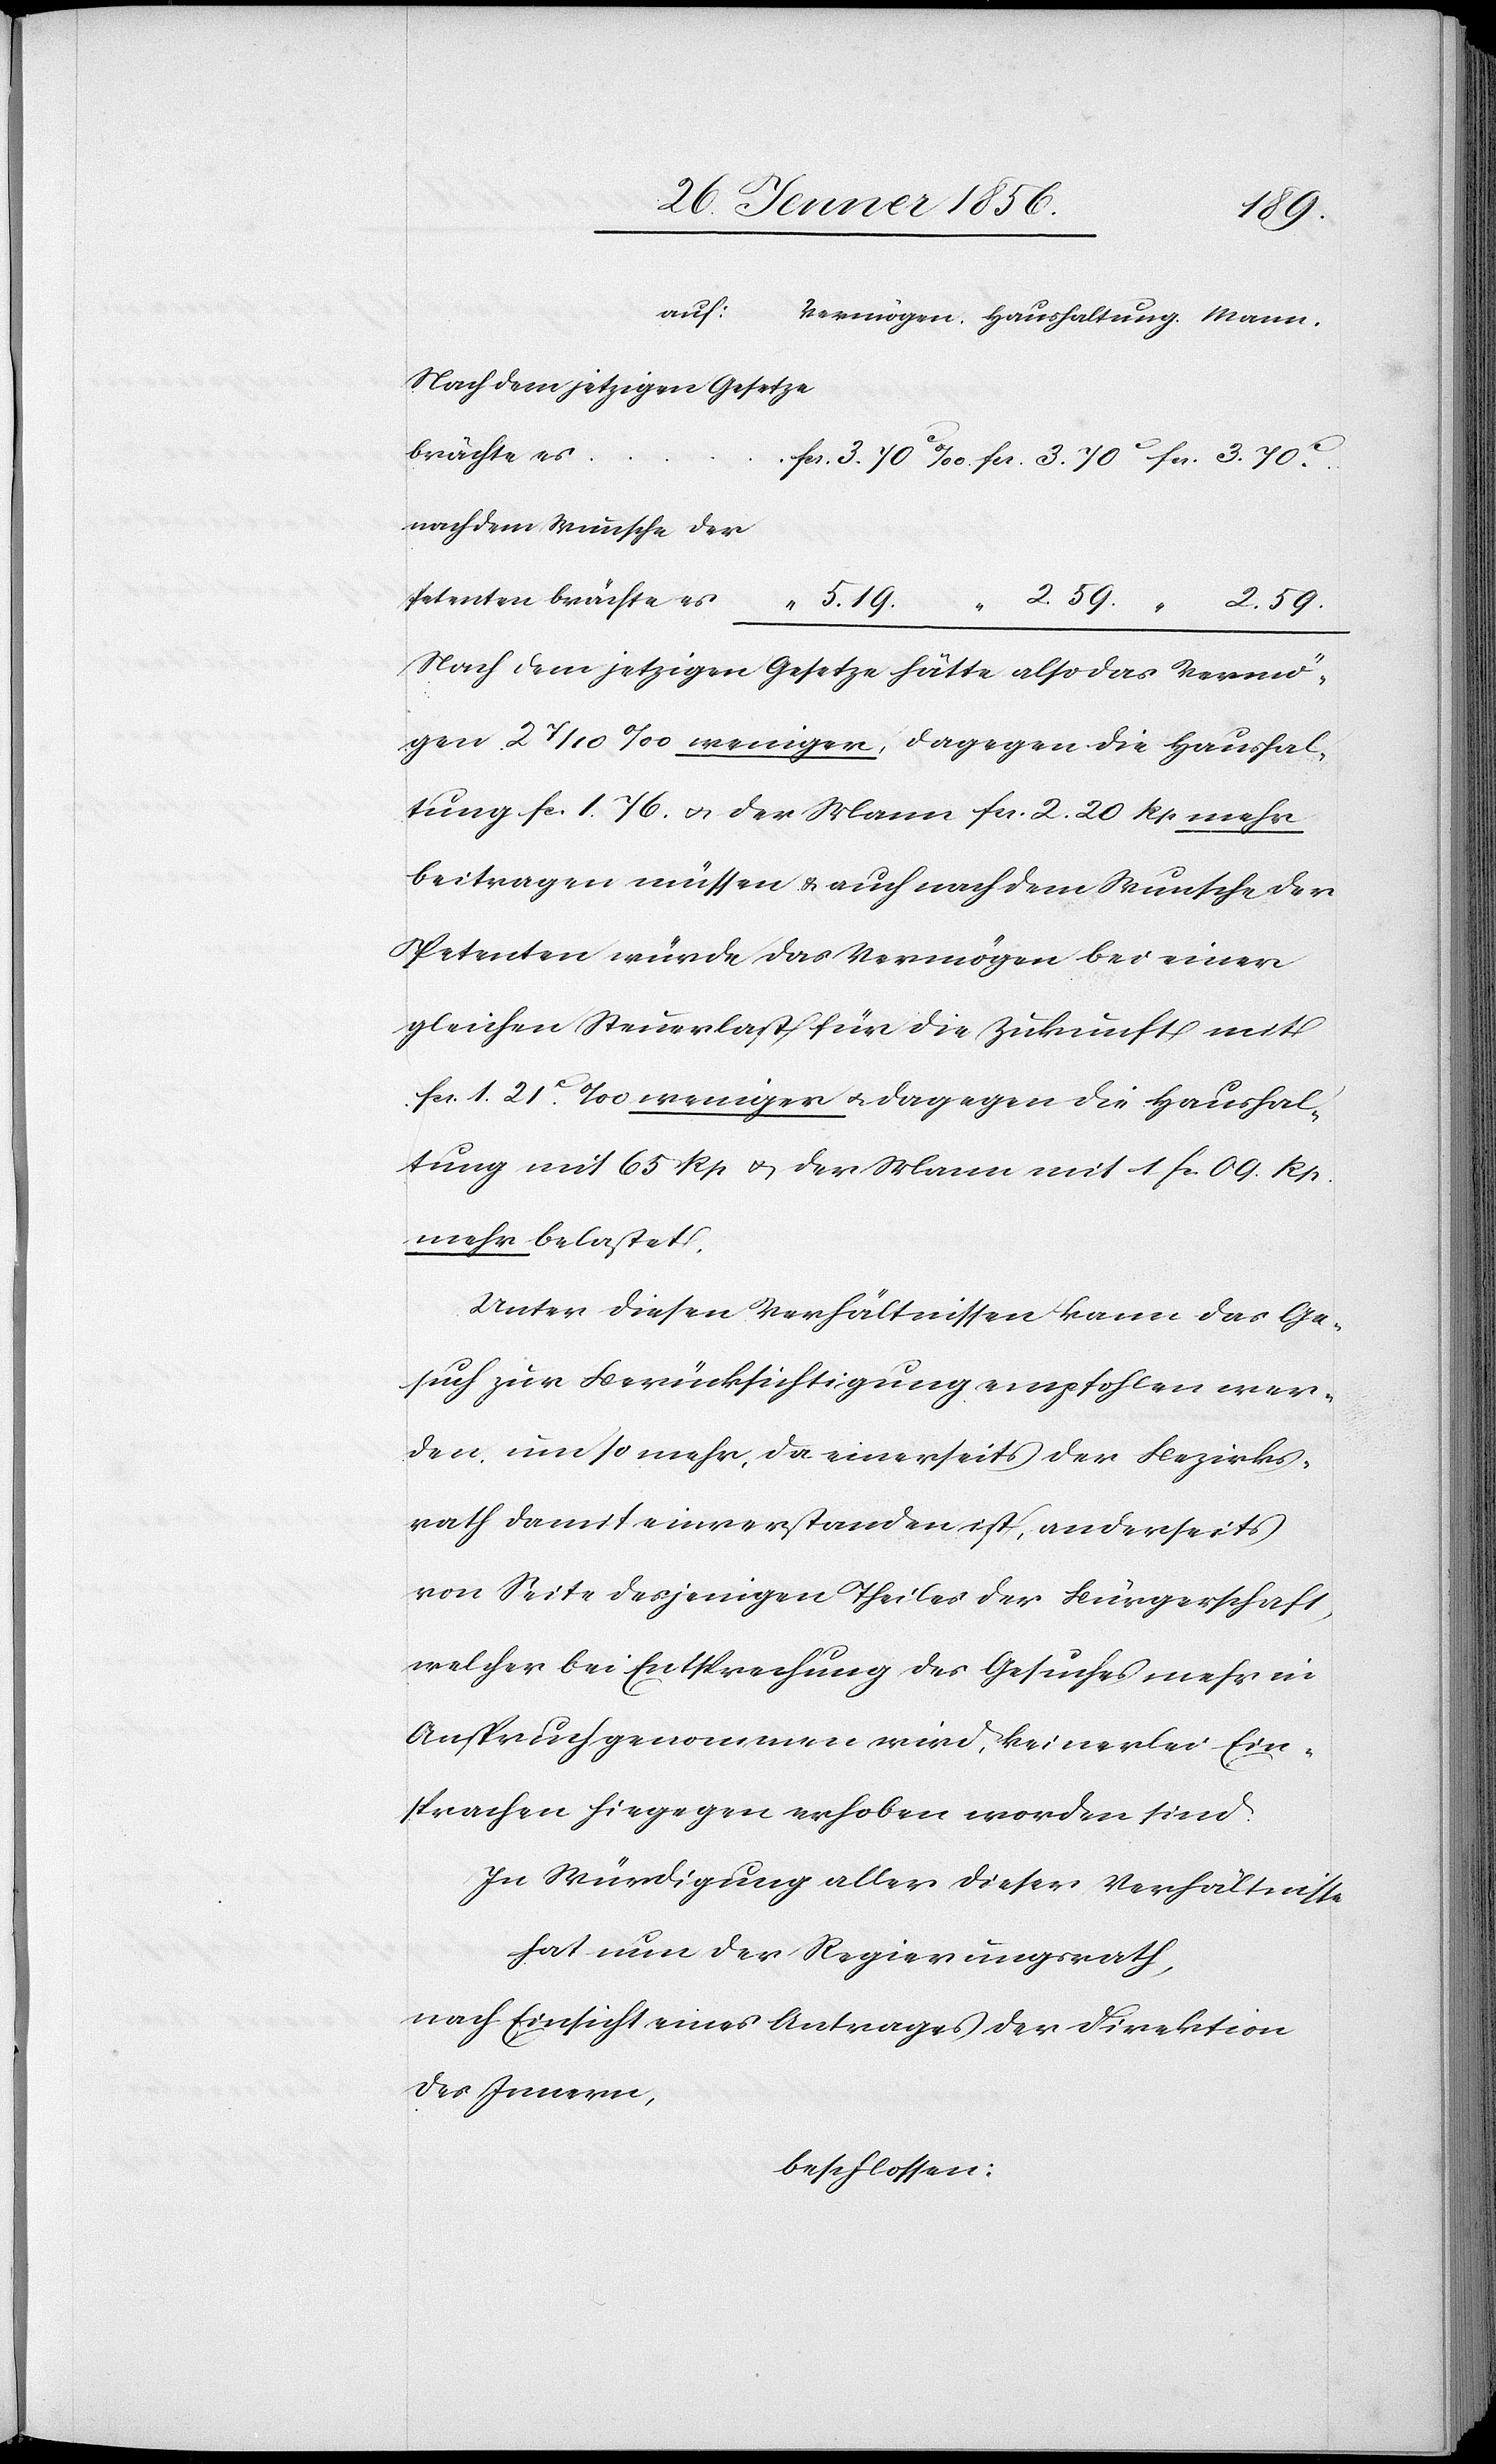
59.
Nach dem jetzigen Gesetze
brächte es
nach dem Wunsche der
Nach dem jetzigen Gesetze hätte also das Vermö¬
gen 2 7/10‰ weniger, dagegen die Haushal¬
tung fa. 1. 76. u. der Mann fa. 2. 20 Rp mehr
beitragen müssen & auch nach dem Wunsche der
Petenten würde das Vermögen bei einer
gleichen Steuerlast für die Zukunft mit
fa. 1. 21Rp.‰ weniger u. dagegen die Haushal¬
tung mit 65 Rp u. der Mann mit 1 fa. 09. Rp.
mehr belastet.
Unter diesen Verhältnissen kann das Ge¬
such zur Berücksichtigung empfohlen wer¬
den, um so mehr, da einerseits der Bezirks¬
rath damit einverstanden ist, anderseits
von Seite desjenigen Theiles der Bürgerschaft,
welcher bei Entsprechung des Gesuches mehr in
Anspruch genommen wird, keinerlei Ein¬
sprachen hiegegen erhoben worden sind.
In Würdigung aller dieser Verhältnisse
hat nun der Regierungsrath,
nach Einsicht eines Antrages der Direktion
des Innern,
beschlossen: